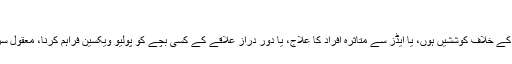
”
گیٹس نے چاہے پودوں کی بیماریوں کے خلاف کوششیں ہوں، یا ایڈز سے متاثرہ افراد کا علاج، یا دور دراز علاقے کے کسی بچے کو پولیو ویکسین فراہم کرنا، معقول سرمایہ کاری نے بڑا فرق پیدا کیا ہے۔